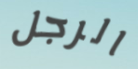
الرجل